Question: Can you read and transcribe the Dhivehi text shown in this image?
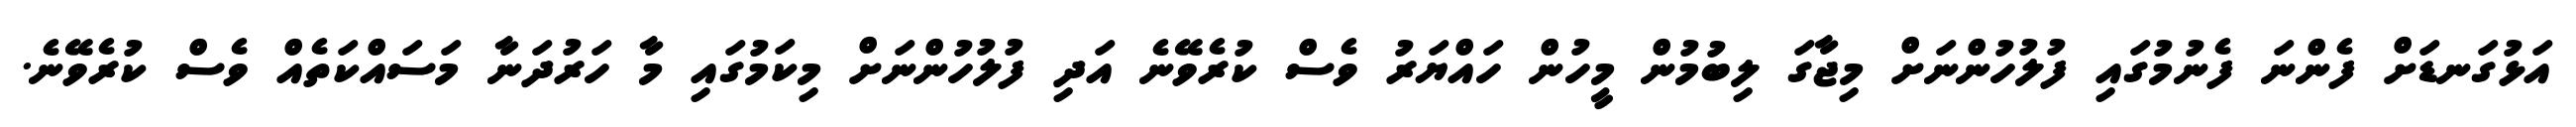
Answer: އަޅުގަނޑަށް ފެންނަ ފެނުމުގައި ފުލުހުންނަށް މިޖާގަ ލިބުމުން މީހުން ހައްޔަރު ވެސް ކުރެވޭނެ އަދި ފުލުހުންނަށް މިކަމުގައި މާ ހަރުދަނާ މަސައްކަތެއް ވެސް ކުރެވޭނެ.